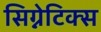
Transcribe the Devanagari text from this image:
सिग्नेटिक्स